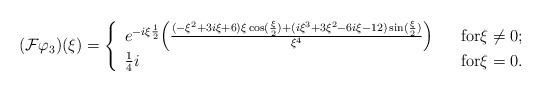
LaTeX: \begin{align*}( \mathcal{F} \varphi_{3} ) (\xi) = \left\{ \begin{array}{lll} e^{- i \xi \frac{1}{2}} \Big ( \frac{ ( - \xi^{2} + 3 i \xi + 6 ) \xi \cos(\frac{\xi}{2}) + ( i \xi^{3} + 3 \xi^{2} - 6 i \xi -12 ) \sin(\frac{\xi}{2})}{\xi^{4}} \Big ) & & \mbox{for} \xi \not = 0 ;\\ \frac{1}{4} i & & \mbox{for} \xi = 0 .\\\end{array}\right.\end{align*}